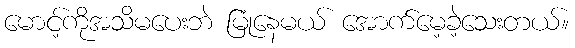
မောင့်ကိုအသိမပေးဘဲ မြုံနေမယ် အောက်မေ့ခဲ့သေးတယ်။